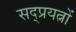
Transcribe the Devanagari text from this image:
सद्प्रयत्नों